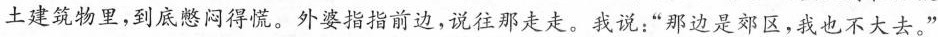
土建筑物里，到底憋闷得慌。外婆指指前边，说往那走走。我说：“那边是郊区，我也不大去。”